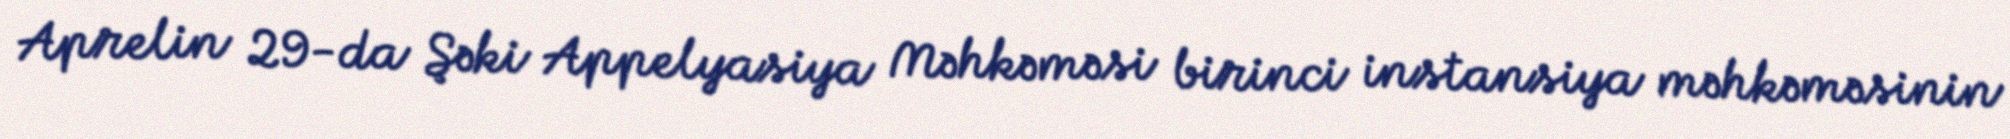
Aprelin 29-da Şəki Appelyasiya Məhkəməsi birinci instansiya məhkəməsinin